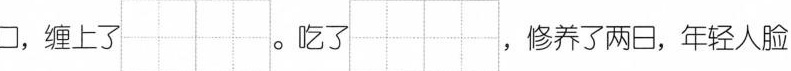
口，缠上了。吃了， 修养了两日，年轻人脸